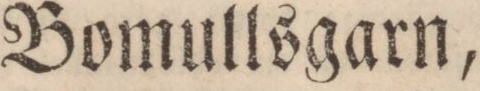
Bomullsgarn,